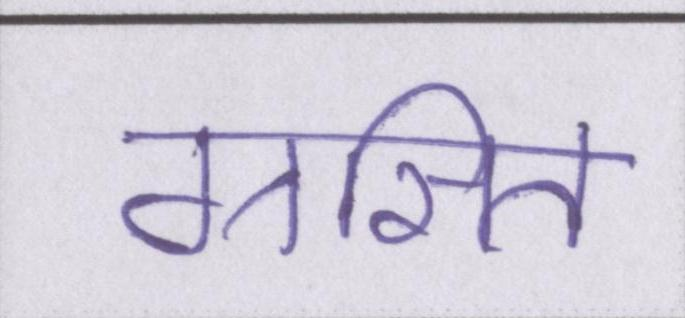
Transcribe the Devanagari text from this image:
ग्रसित